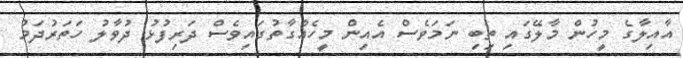
އާއިލާގެ މީހުން މާލޭގައި ތިބި ނަމަވެސް އެއިން މީހެއްގާތުގައިވެސް ދަރިފުޅު ދުވާލު ހަތަރުދަމު